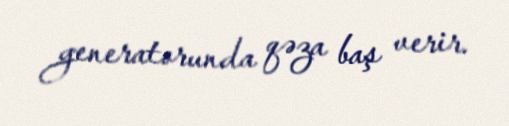
generatorunda qəza baş verir.